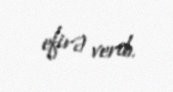
efirə verib.